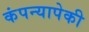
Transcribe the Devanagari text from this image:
कंपन्यापेकी